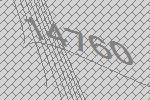
14760